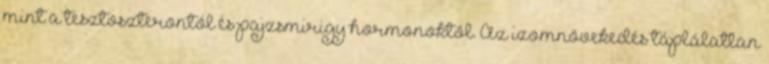
mint a tesztoszterontól és pajzsmirigy hormonoktól. Az izomnövekedés táplálatlan